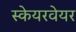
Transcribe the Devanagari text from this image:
स्केयरवेयर